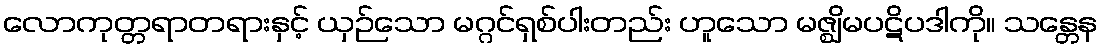
လောကုတ္တရာတရားနှင့် ယှဉ်သော မဂ္ဂင်ရှစ်ပါးတည်း ဟူသော မဇ္ဈိမပဋိပဒါကို။ သန္တေန